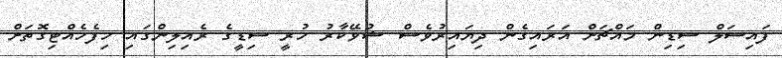
ފައިސަލް ސިޑިން މައްޗަށް އަރައިގެން ދިޔައިރުވެސް ޝުވޭކާރު ހުރީ ސިޑީގެ ރެއިލިންގައި ހިފެހެއްޓިގޮތަށް